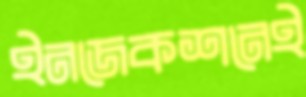
ইনজেকশনেই